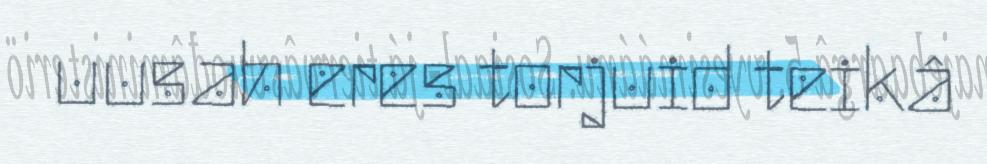
uusah eres torjuid teikâ